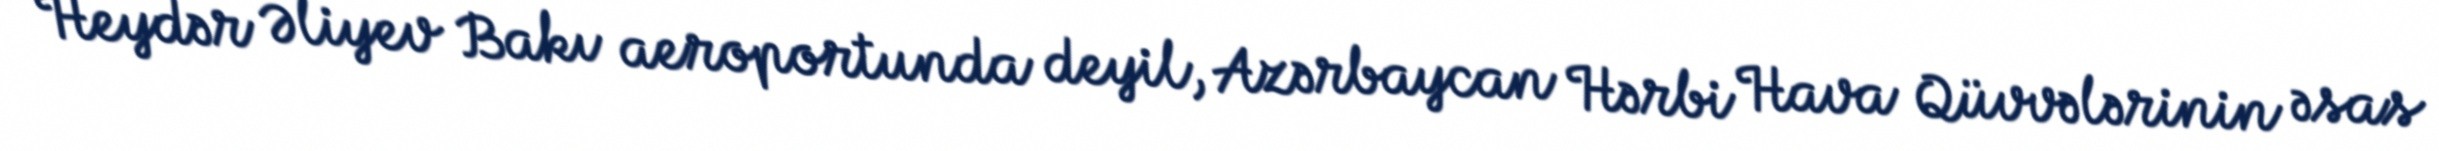
Heydər Əliyev Bakı aeroportunda deyil, Azərbaycan Hərbi Hava Qüvvələrinin əsas